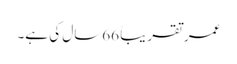
عمر تقریباً 66سال کی ہے۔